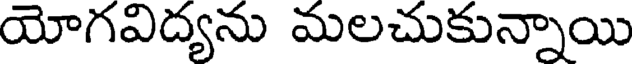
యోగవిద్యను మలచుకున్నాయి